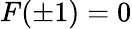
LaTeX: F(\pm 1)=0